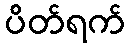
ပိတ်ရက်